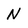
Character: N